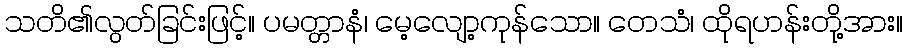
သတိ၏လွတ်ခြင်းဖြင့်။ ပမတ္တာနံ၊ မေ့လျော့ကုန်သော။ တေသံ၊ ထိုရဟန်းတို့အား။